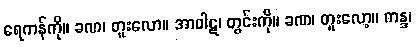
ရေကန်ကို။ ခဏ၊ တူးလော။ အာဝါဋ၊ တွင်းကို။ ခဏ၊ တူးလော့။ ကန္ဒ၊